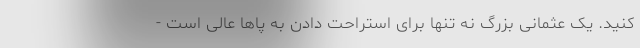
کنید. یک عثمانی بزرگ نه تنها برای استراحت دادن به پاها عالی است -